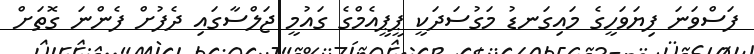
ފަސްވަނަ ފިޔަވަހީގެ މައިގަނޑު މަގުސަދަކީ ޕީޕީއެމްގެ ގައުމީ ޖަލްސާގައި ދެފުށް ފެންނަ ގޮތަށް